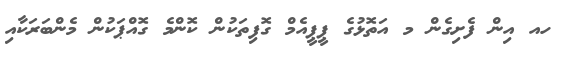
ހއ އިން ފެށިގެން މ އަތޮޅުގެ ޕީޕީއެމް ގޮފިތަކުން ކޮންމެ ގޮއްޕަކުން މެންބަރަކާއި